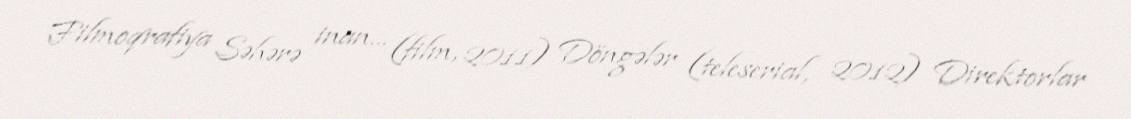
Filmoqrafiya Səhərə inan… (film, 2011) Döngələr (teleserial, 2012) Direktorlar